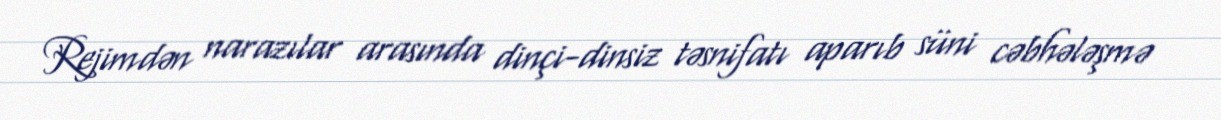
Rejimdən narazılar arasında dinçi-dinsiz təsnifatı aparıb süni cəbhələşmə